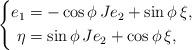
LaTeX: \begin{align*}\left\{\begin{aligned}e_1&=-\cos\phi\,Je_2+\sin\phi\,\xi,\\\eta&=\sin\phi\,Je_2+\cos\phi\,\xi,\\\end{aligned}\right.\end{align*}